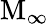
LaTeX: \mathrm{M}_{\infty}